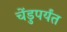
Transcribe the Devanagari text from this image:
चेंडुपर्यंत